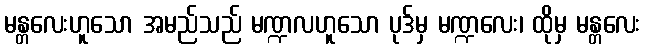
မန္တလေးဟူသော အမည်သည် မဏ္ဍလဟူသော ပုဒ်မှ မဏ္ဍလေး၊ ထိုမှ မန္တလေး